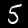
Label: 5